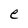
Character: e